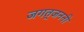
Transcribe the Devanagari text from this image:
जगत्‌जननी